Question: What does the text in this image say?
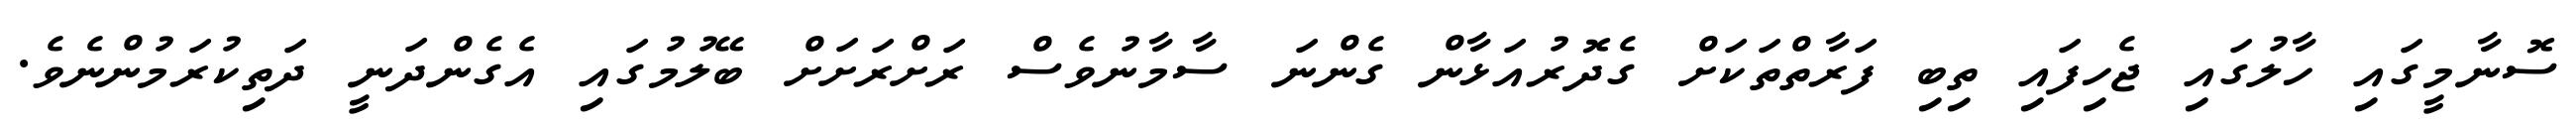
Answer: ސޮނާމީގައި ހާލުގައި ޖެހިފައި ތިބި ފަރާތްތަކަށް ގެދޮރުއަޅާން ގެންނަ ސާމާނުވެސް ރަށްރަށަށް ބޭލުމުގައި އެގެންދަނީ ދަތިކުރަމުންނެވެ.